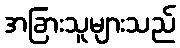
အခြားသူများသည်